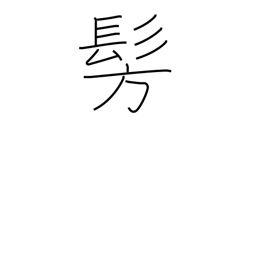
Meaning: dimly